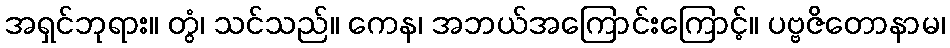
အရှင်ဘုရား။ တွံ၊ သင်သည်။ ကေန၊ အဘယ်အကြောင်းကြောင့်။ ပဗ္ဗဇိတောနာမ၊